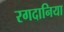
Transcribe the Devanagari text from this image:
रगदानिया